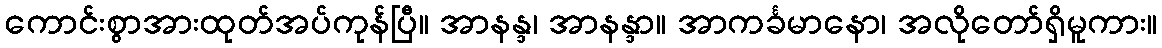
ကောင်းစွာအားထုတ်အပ်ကုန်ပြီ။ အာနန္ဒ၊ အာနန္ဒာ။ အာကင်္ခမာနော၊ အလိုတော်ရှိမူကား။